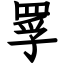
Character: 罦